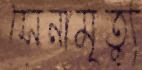
সেনামৃত্যু